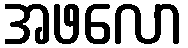
အဖလော